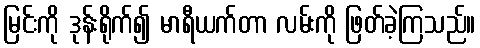
မြင်းကို ဒုန်းရိုက်၍ မာရီယက်တာ လမ်းကို ဖြတ်ခဲ့ကြသည်။